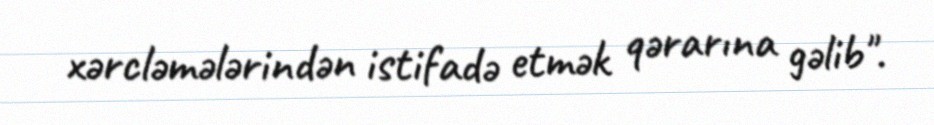
xərcləmələrindən istifadə etmək qərarına gəlib".